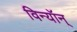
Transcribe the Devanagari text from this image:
विन्यॉन्